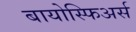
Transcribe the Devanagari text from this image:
बायोस्फिअर्स